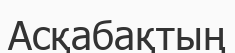
Асқабақтың